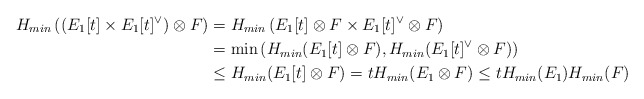
\begin{align*}H_{min}\left( (E_1[t]\times E_1[t]^{\vee})\otimes F \right) &=H_{min} \left( E_1[t] \otimes F \times E_1[t]^{\vee}\otimes F \right)\\&=\min \left( H_{min} (E_1[t] \otimes F), H_{min} (E_1[t]^{\vee}\otimes F)\right)\\& \leq H_{min} (E_1[t] \otimes F)= tH_{min} (E_1\otimes F) \leq t H_{min}(E_1)H_{min}(F)\end{align*}